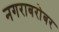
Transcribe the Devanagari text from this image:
नगराबरोबर